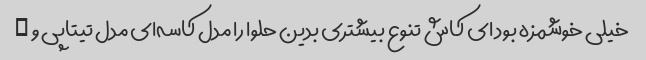
خیلی خوشمزه بود ای کاش تنوع بیشتری بدین حلوا را مدل کاسه‌ای مدل تیتاپی و …